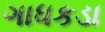
ગાધકડા